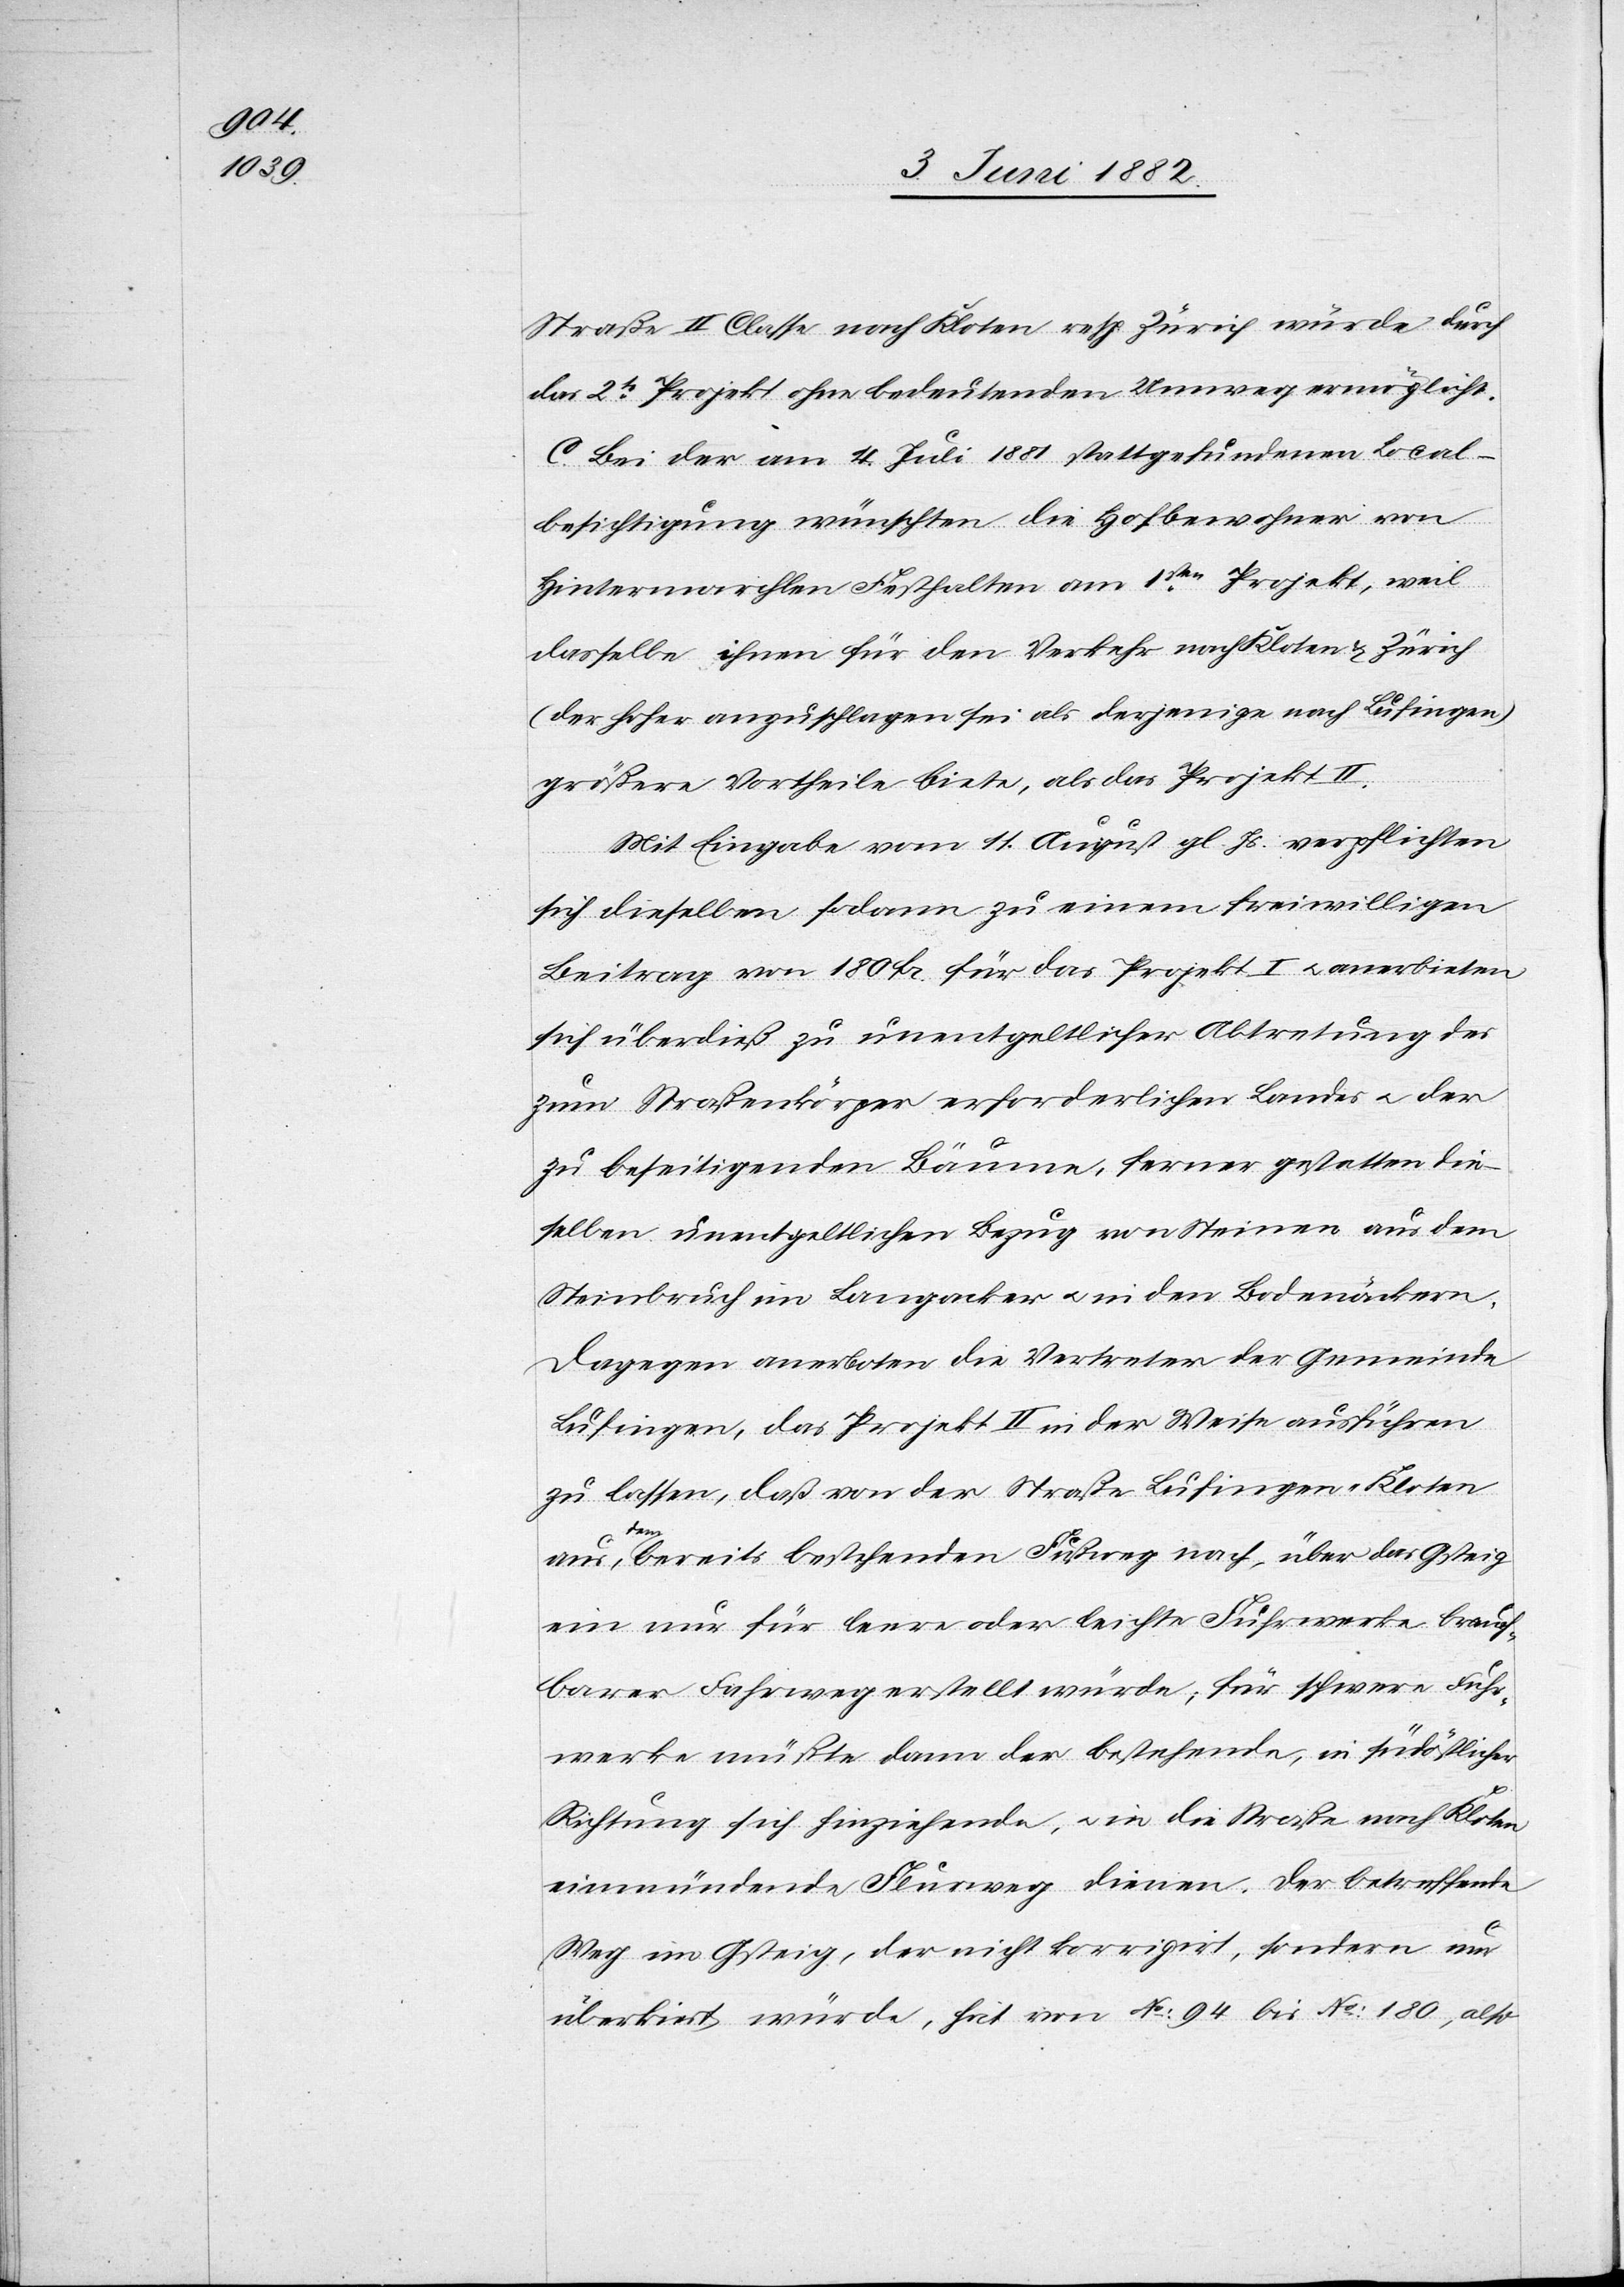
Straße II. Classe nach Kloten resp. Zürich würde durch
das 2te Projekt ohne bedeutenden Umweg ermöglich.
C. Bei der am 14. Juni 1881 stattgefundenen Local¬
besichtigung wünschten die Hofbewohner von
Hintermarchlen Festhalten am 1sten Projekt, weil
dasselbe ihnen für den Verkehr nach Kloten & Zürich
(der höher anzuschlagen sei als derjenige nach Lufingen)
größere Vortheile biete, als das Projekt II.
Mit Eingabe vom 11. August gl. Js. verpflichten
sich dieselben sodann zu einem freiwilligen
Beitrag von 180 Fr. für das Projekt I u. anerbieten
sich überdieß zu unentgeltlicher Abtretung des
zum Straßenkörper erforderlichen Landes u. der
zu beseitigenden Bäume, ferner gestatten die¬
selben unentgeltlichen Bezug von Steinen aus dem
Steinbruch im Langacker u. in den Bodenäckern.
Dagegen anerboten die Vertreter der Gemeinde
Lufingen, das Projekt II in der Weise ausführen
zu lassen, daß von der Straße Lufingen–Kloten
dem bereits bestehenden Fußweg nach, über das Gsteig
ein nur für leere oder leichte Fuhrwerke brauch¬
barer Fuhrweg erstellt würde; für schwere Fuhr¬
werke müßte dann der bestehende, in südöstlicher
Richtung sich hinziehende, u. in die Straße nach Kloten
einmündende Fuhrweg dienen. Der betreffende
Weg im Gsteig, der nicht korrigirt, sondern nur
überkiest würde, hat von No 94 bis No 180, also